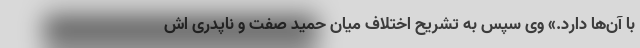
با آن‌ها دارد.» وی سپس به تشریح اختلاف میان حمید صفت و ناپدری اش